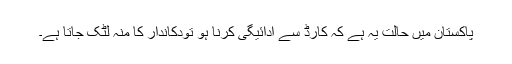
پاکستان میں حالت یہ ہے کہ کارڈ سے ادائیگی کرنا ہو تودکاندار کا منہ لٹک جاتا ہے۔